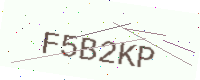
Text: F5B2KP